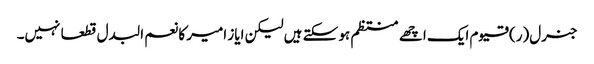
جنرل(ر) قیوم ایک اچھے منتظم ہو سکتے ہیں لیکن ایاز امیر کا نعم البدل قطعا نہیں۔